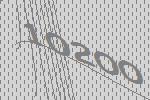
10200